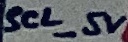
Text: SCL_5V